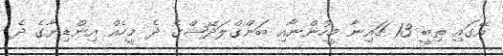
އޭގައި ތިބީ 13 ޗައިނާ މީހުންނާއި ބަންގްލަދޭޝްގެ ދެ މީހެއް އިންޑިޔާގެ ދެ